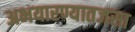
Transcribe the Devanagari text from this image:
अभयारण्यातजसा